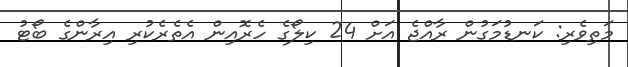
މަތިވެރި: ކަނޑުމަގުން ރާއްޖެ އަށް 24 ކިލޯގެ ހެރޮއިން އެތެރެކުރި އިރާންގެ ބޯޓު